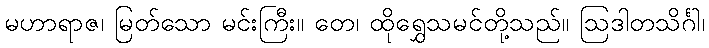
မဟာရာဇ၊ မြတ်သော မင်းကြီး။ တေ၊ ထိုရွှေသမင်တို့သည်။ ဩဒါတသိင်္ဂါ၊